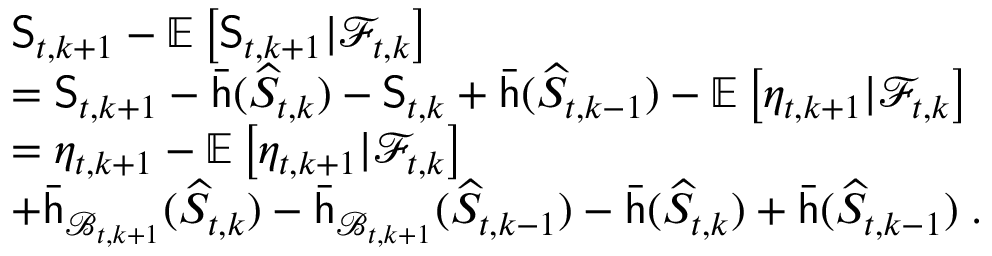
\begin{array} { r l } & { \mathsf { S } _ { t , k + 1 } - \mathbb { E } \left[ \mathsf { S } _ { t , k + 1 } \vert \mathcal { F } _ { t , k } \right] } \\ & { = \mathsf { S } _ { t , k + 1 } - \bar { \mathsf { h } } ( \widehat { S } _ { t , k } ) - \mathsf { S } _ { t , k } + \bar { \mathsf { h } } ( \widehat { S } _ { t , k - 1 } ) - \mathbb { E } \left[ \eta _ { t , k + 1 } \vert \mathcal { F } _ { t , k } \right] } \\ & { = \eta _ { t , k + 1 } - \mathbb { E } \left[ \eta _ { t , k + 1 } \vert \mathcal { F } _ { t , k } \right] } \\ & { + \bar { \mathsf { h } } _ { \mathcal { B } _ { t , k + 1 } } ( \widehat { S } _ { t , k } ) - \bar { \mathsf { h } } _ { \mathcal { B } _ { t , k + 1 } } ( \widehat { S } _ { t , k - 1 } ) - \bar { \mathsf { h } } ( \widehat { S } _ { t , k } ) + \bar { \mathsf { h } } ( \widehat { S } _ { t , k - 1 } ) \; . } \end{array}